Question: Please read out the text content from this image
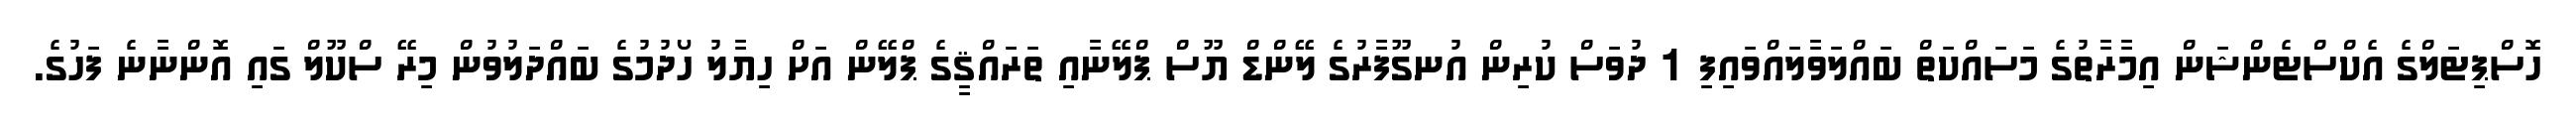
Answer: ހޮސްޕިޓަލްގެ އެކްސްޓެންޝަން އިމާރާތުގެ މަސައްކަތް ބައްލަވާލައްވައިފި 1 ދުވަސް ކުރިން އުނގޫފާރުގެ ލޭންޑް ޔޫސް ޕްލޭނާއި ތަރައްޤީގެ ޕްލޭން އަށް ހިޔާލު ހޯދުމުގެ ބައްދަލުވުން މިރޭ ސްކޫލް ގައި އޮންނާނެ ފަހުގެ.